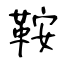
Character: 鞍